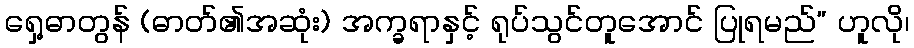
ရှေ့ဓာတွန် (ဓာတ်၏အဆုံး) အက္ခရာနှင့် ရုပ်သွင်တူအောင် ပြုရမည်” ဟူလို၊